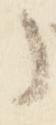
事